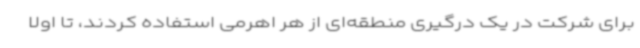
برای شرکت در یک درگیری منطقه‌ای از هر اهرمی استفاده کردند، تا اولا